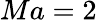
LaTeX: Ma=2